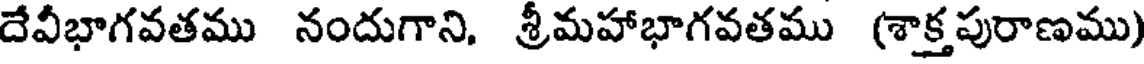
దేవీభాగవతము నందుగాని, శ్రీమహాభాగవతము (శాక్తపురాణము)